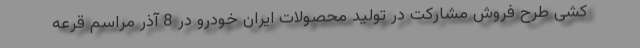
کشی طرح فروش مشارکت در تولید محصولات ایران خودرو در 8 آذر مراسم قرعه